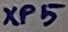
Text: XP5